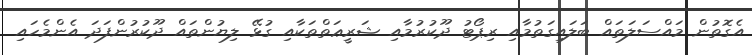
އެގޮތުން މައްސަލަތައް ބަލައިގަތުމާއި ރިޕޯޓު ދޫކުރުމާއި ޝަރީޢަތްތަކާއި ގުޅޭ ލިޔުންތައް ދޫކުރުންފަދަ އެންމެހައި